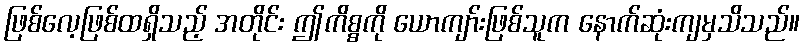
ဖြစ်လေ့ဖြစ်ထရှိသည့် အတိုင်း ဤကိစ္စကို ယောကျာ်းဖြစ်သူက နောက်ဆုံးကျမှသိသည်။